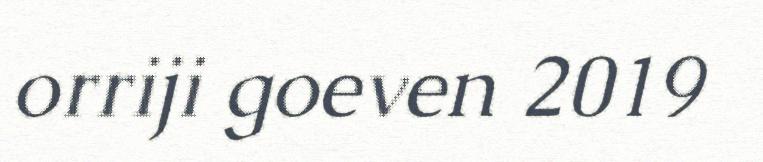
orriji goeven 2019